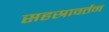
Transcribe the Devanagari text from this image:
सहस्रावर्तन